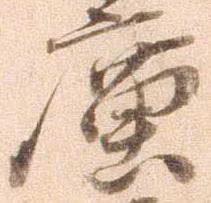
広